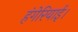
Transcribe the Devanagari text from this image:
हंगेरियाई।